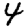
Digit: 4